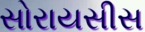
સોરાયસીસ